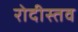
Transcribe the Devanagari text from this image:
रोदीस्तव